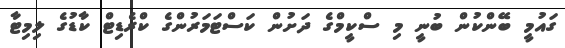
ގައުމީ ބޭންކުން ބުނީ މި ސްކީމްގެ ދަށުން ކަސްޓަމަރުންގެ ކްރެޑިޓް ކާޑުގެ ލިމިޓާ